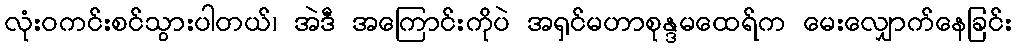
လုံးဝကင်းစင်သွားပါတယ်၊ အဲဒီ အကြောင်းကိုပဲ အရှင်မဟာစုန္ဒမထေရ်က မေးလျှောက်နေခြင်း